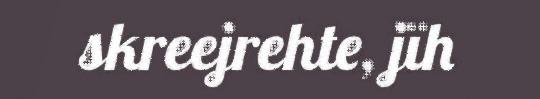
skreejrehte, jïh